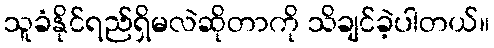
သူခံနိုင်ရည်ရှိမလဲဆိုတာကို သိချင်ခဲ့ပါတယ်။